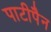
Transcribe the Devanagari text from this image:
पाटीपैन